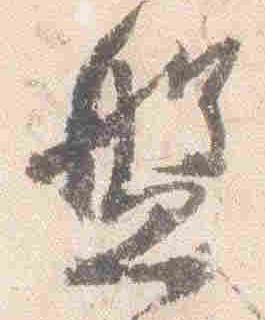
盤